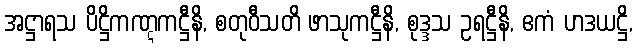
အဋ္ဌာရသ ပိဋ္ဌိကဏ္ဋကဋ္ဌီနိ, စတုဝီသတိ ဖာသုကဋ္ဌီနိ, စုဒ္ဒသ ဥရဋ္ဌီနိ, ဧကံ ဟဒယဋ္ဌိ,